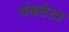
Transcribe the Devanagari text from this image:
पंक्टेटा